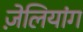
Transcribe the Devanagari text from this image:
ज़ेलियांग